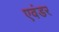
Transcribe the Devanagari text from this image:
एवंडर